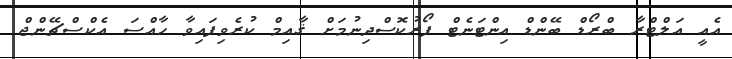
އެއީ އަލްޓްރާ ބްރޯޑް ބޭންޑް އިންޓަނެޓް ފޯރުކޮސްދިނުމަށް ޤާއިމް ކުރެވިފައިވާ ހާއްސަ އެކްސްޗޭންޖް